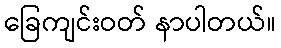
ခြေကျင်းဝတ် နာပါတယ်။